Vaccination in Bombay 1869-1873 - 1869-1873
Year: 1869
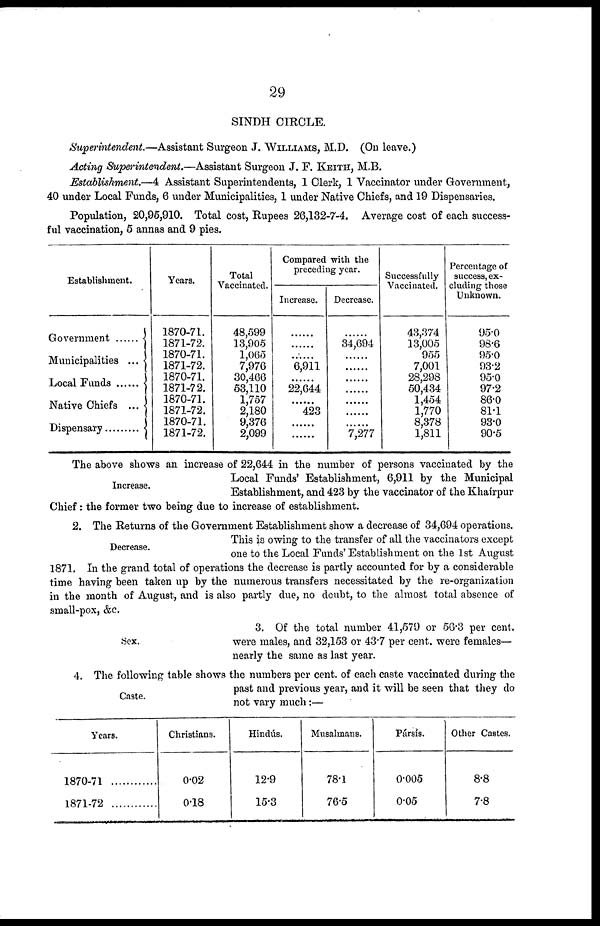
29
SINDH CIRCLE.
Superintendent.—Assistant Surgeon J. WILLIAMS, M.D. (On leave.)
Acting Superintendent.—Assistant Surgeon J. F. KEITH, M.B.
Establishment.—4 Assistant Superintendents, 1 Clerk, 1 Vaccinator under Government,
40 under Local Funds, 6 under Municipalities, 1 under Native Chiefs, and 19 Dispensaries.
Population, 20,95,910. Total cost, Rupees 26,132-7-4. Average cost of each success-
ful vaccination, 5 annas and 9 pies.
Establishment.
Government ...
Municipalities ...
Local Funds .......
Native Chiefs ...
Dispensary .........
Years.
1870-71.
1871-72.
1870-71.
1871-72.
1870-71.
1871-72.
1870-71.
1871-72.
1870-71.
1871-72.
Total
Vaccinated.
48,599
13,905
1,065
7,976
30,466
53,110
1,757
2,180
9,376
2,099
Compared with the
preceding year.
Increase.
......
......
......
6,911
......
22,644
......
423
......
......
Decrease.
......
34,694
......
......
......
......
......
......
......
7,277
Successfully
Vaccinated.
43,374
13,005
955
7,001
28,298
50,434
1,454
1,770
8,378
1,811
Percentage of
success, ex-
cluding those
Unknown.
95.0
98.6
95.0
93.2
95.0
97.2
86.0
81.1
93.0
90.5
Increase.
The above shows an increase of 22,644 in the number of persons vaccinated by the
Local Funds' Establishment, 6,911 by the Municipal
Establishment, and 423 by the vaccinator of the Khaírpur
Chief : the former two being due to increase of establishment.
Decrease.
2. The Returns of the Government Establishment show a decrease of 34,694 operations.
This is owing to the transfer of all the vaccinators except
one to the Local Funds' Establishment on the 1st August
1871. In the grand total of operations the decrease is partly accounted for by a considerable
time having been taken up by the numerous transfers necessitated by the re-organization
in the month of August, and is also partly due, no doubt, to the almost total absence of
small-pox, &c.
Sex.
3. Of the total number 41,579 or 56.3 per cent.
were males, and 32,153 or 43.7 per cent. were females—
nearly the same as last year.
Caste.
4. The following table shows the numbers per cent. of each caste vaccinated during the
past and previous year, and it will be seen that they do
not vary much:—
Years.
1870-71
1871-72
Christians.
0.02
0.18
Hindús.
12.9
15.3
Musalmans.
78.1
76.5
Pársís.
0.005
0.05
Other Castes.
8.8
7.8